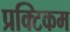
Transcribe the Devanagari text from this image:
प्रक्टिकम